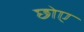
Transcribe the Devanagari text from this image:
छोए